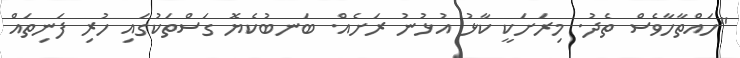
"ހައްތާހާވެސް ތެދު. މިރަށަކީ ކާޅު އުޅުނު ރަށެއް. ބަނބުކެޔޮ ގަސްތަކުގައި ހުރި ފަނިތައް